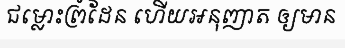
ជម្លោះព្រំដែន ហើយអនុញាត ឲ្យមាន